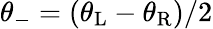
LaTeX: \theta_{-}=\left(\theta_{\mathrm{L}}-\theta_{\mathrm{R}}\right)/2